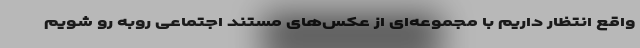
واقع انتظار داریم با مجموعه‌ای از عکس‌های مستند اجتماعی روبه رو شویم